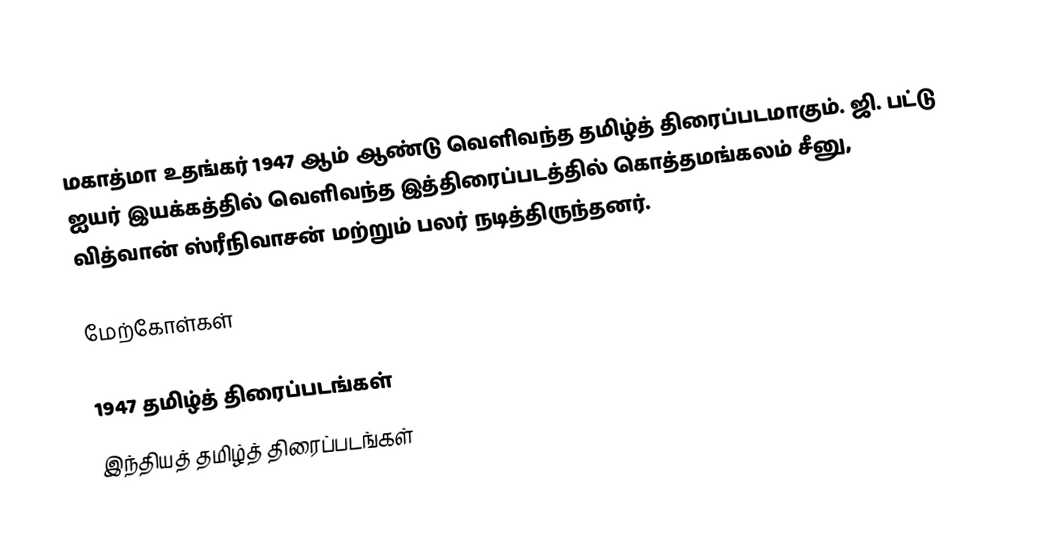
மகாத்மா உதங்கர் 1947 ஆம் ஆண்டு வெளிவந்த தமிழ்த் திரைப்படமாகும். ஜி. பட்டு ஐயர் இயக்கத்தில் வெளிவந்த இத்திரைப்படத்தில் கொத்தமங்கலம் சீனு, வித்வான் ஸ்ரீநிவாசன் மற்றும் பலர் நடித்திருந்தனர்.

மேற்கோள்கள்

1947 தமிழ்த் திரைப்படங்கள்
இந்தியத் தமிழ்த் திரைப்படங்கள்